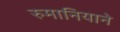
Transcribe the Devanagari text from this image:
रुमानियाने